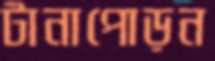
টানাপোড়ন